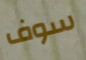
سوف